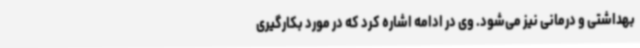
بهداشتی و درمانی نیز می‌شود. وی در ادامه اشاره کرد که در مورد بکارگیری